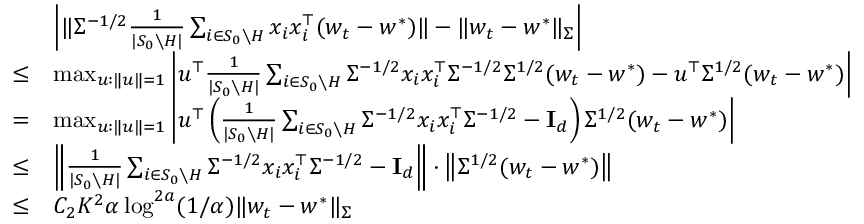
\begin{array} { r l } & { \left| \| \Sigma ^ { - 1 / 2 } \frac { 1 } { | S _ { 0 } \setminus H | } \sum _ { i \in S _ { 0 } \setminus H } x _ { i } x _ { i } ^ { \top } ( w _ { t } - w ^ { * } ) \| - \| w _ { t } - w ^ { * } \| _ { \Sigma } \right| } \\ { \leq } & { \operatorname* { m a x } _ { u : \| u \| = 1 } \left| u ^ { \top } \frac { 1 } { | S _ { 0 } \setminus H | } \sum _ { i \in S _ { 0 } \setminus H } \Sigma ^ { - 1 / 2 } x _ { i } x _ { i } ^ { \top } \Sigma ^ { - 1 / 2 } \Sigma ^ { 1 / 2 } ( w _ { t } - w ^ { * } ) - u ^ { \top } \Sigma ^ { 1 / 2 } ( w _ { t } - w ^ { * } ) \right| } \\ { = } & { \operatorname* { m a x } _ { u : \| u \| = 1 } \left| u ^ { \top } \left( \frac { 1 } { | S _ { 0 } \setminus H | } \sum _ { i \in S _ { 0 } \setminus H } \Sigma ^ { - 1 / 2 } x _ { i } x _ { i } ^ { \top } \Sigma ^ { - 1 / 2 } - \mathbf { I } _ { d } \right) \Sigma ^ { 1 / 2 } ( w _ { t } - w ^ { * } ) \right| } \\ { \leq } & { \left\| \frac { 1 } { | S _ { 0 } \setminus H | } \sum _ { i \in S _ { 0 } \setminus H } \Sigma ^ { - 1 / 2 } x _ { i } x _ { i } ^ { \top } \Sigma ^ { - 1 / 2 } - \mathbf { I } _ { d } \right\| \cdot \left\| \Sigma ^ { 1 / 2 } ( w _ { t } - w ^ { * } ) \right\| } \\ { \leq } & { C _ { 2 } K ^ { 2 } \alpha \log ^ { 2 a } ( 1 / \alpha ) \| w _ { t } - w ^ { * } \| _ { \Sigma } } \end{array}